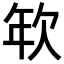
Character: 𢆘